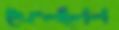
ফেললেন